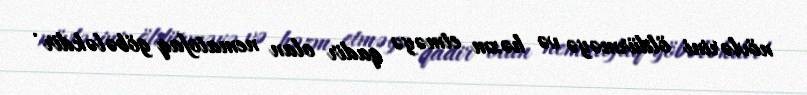
növlərini öldürməyə və həzm etməyə qadir olan nematofaq göbələkdir .